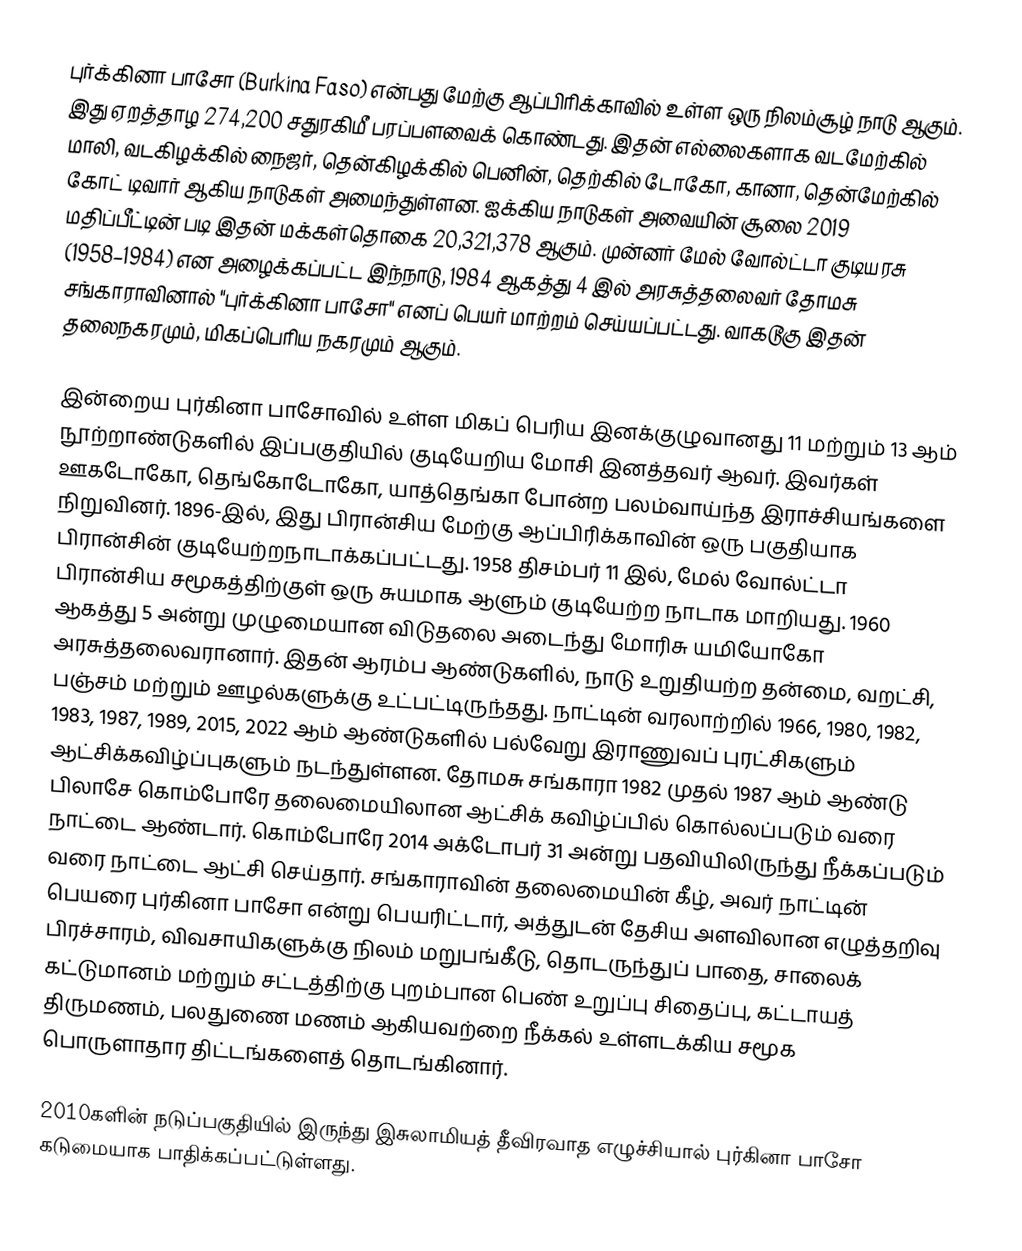
புர்க்கினா பாசோ (Burkina Faso) என்பது மேற்கு ஆப்பிரிக்காவில் உள்ள ஒரு நிலம்சூழ் நாடு ஆகும். இது ஏறத்தாழ 274,200 சதுரகிமீ பரப்பளவைக் கொண்டது. இதன் எல்லைகளாக வடமேற்கில் மாலி, வடகிழக்கில் நைஜர், தென்கிழக்கில் பெனின், தெற்கில் டோகோ, கானா, தென்மேற்கில் கோட் டிவார் ஆகிய நாடுகள் அமைந்துள்ளன. ஐக்கிய நாடுகள் அவையின் சூலை 2019 மதிப்பீட்டின் படி இதன்  மக்கள்தொகை 20,321,378 ஆகும். முன்னர் மேல் வோல்ட்டா குடியரசு (1958–1984) என அழைக்கப்பட்ட இந்நாடு, 1984 ஆகத்து 4 இல் அரசுத்தலைவர் தோமசு சங்காராவினால் "புர்க்கினா பாசோ" எனப் பெயர் மாற்றம் செய்யப்பட்டது. வாகடூகு இதன் தலைநகரமும், மிகப்பெரிய நகரமும் ஆகும்.

இன்றைய புர்கினா பாசோவில் உள்ள மிகப் பெரிய இனக்குழுவானது 11 மற்றும் 13 ஆம் நூற்றாண்டுகளில் இப்பகுதியில் குடியேறிய மோசி இனத்தவர் ஆவர். இவர்கள் ஊகடோகோ, தெங்கோடோகோ, யாத்தெங்கா போன்ற பலம்வாய்ந்த இராச்சியங்களை நிறுவினர். 1896-இல், இது பிரான்சிய மேற்கு ஆப்பிரிக்காவின் ஒரு பகுதியாக பிரான்சின் குடியேற்றநாடாக்கப்பட்டது. 1958 திசம்பர் 11 இல், மேல் வோல்ட்டா பிரான்சிய சமூகத்திற்குள் ஒரு சுயமாக ஆளும் குடியேற்ற நாடாக மாறியது. 1960 ஆகத்து 5 அன்று முழுமையான விடுதலை அடைந்து மோரிசு யமியோகோ அரசுத்தலைவரானார். இதன் ஆரம்ப ஆண்டுகளில், நாடு உறுதியற்ற தன்மை, வறட்சி, பஞ்சம் மற்றும் ஊழல்களுக்கு உட்பட்டிருந்தது. நாட்டின் வரலாற்றில் 1966, 1980, 1982, 1983, 1987, 1989, 2015, 2022 ஆம் ஆண்டுகளில் பல்வேறு இராணுவப் புரட்சிகளும் ஆட்சிக்கவிழ்ப்புகளும் நடந்துள்ளன. தோமசு சங்காரா 1982 முதல் 1987 ஆம் ஆண்டு பிலாசே கொம்போரே தலைமையிலான ஆட்சிக் கவிழ்ப்பில் கொல்லப்படும் வரை நாட்டை ஆண்டார். கொம்போரே 2014 அக்டோபர் 31 அன்று பதவியிலிருந்து நீக்கப்படும் வரை நாட்டை ஆட்சி செய்தார். சங்காராவின் தலைமையின் கீழ், அவர் நாட்டின் பெயரை புர்கினா பாசோ என்று பெயரிட்டார், அத்துடன் தேசிய அளவிலான எழுத்தறிவு பிரச்சாரம், விவசாயிகளுக்கு நிலம் மறுபங்கீடு, தொடருந்துப் பாதை, சாலைக் கட்டுமானம் மற்றும் சட்டத்திற்கு புறம்பான பெண் உறுப்பு சிதைப்பு, கட்டாயத் திருமணம், பலதுணை மணம் ஆகியவற்றை நீக்கல் உள்ளடக்கிய சமூக பொருளாதார திட்டங்களைத் தொடங்கினார்.

2010களின் நடுப்பகுதியில் இருந்து இசுலாமியத் தீவிரவாத எழுச்சியால் புர்கினா பாசோ கடுமையாக பாதிக்கப்பட்டுள்ளது.